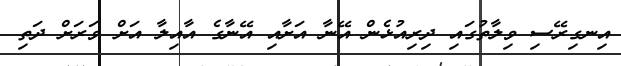
އިނގިރޭސި ވިލާތުގައި ދިރިއުޅެން އޭނާ އަށާއި އޭނާގެ އާއިލާ އަށް ވަރަށް ދަތި